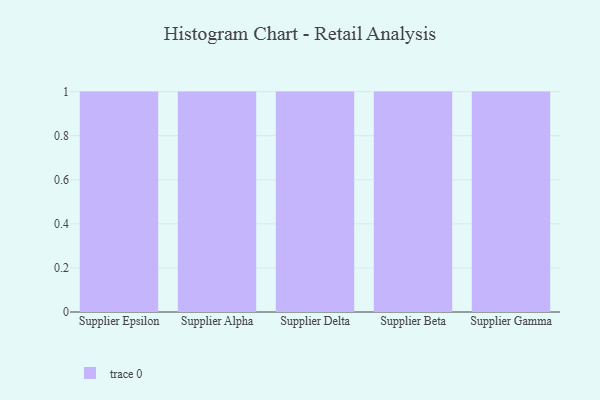
{"axis": {"x": "Supplier", "y": "Production Output"}, "legend": [""], "data": [{"x": "Supplier Epsilon", "y": 52, "type": ""}, {"x": "Supplier Alpha", "y": 89, "type": ""}, {"x": "Supplier Delta", "y": 100, "type": ""}, {"x": "Supplier Beta", "y": 70, "type": ""}, {"x": "Supplier Gamma", "y": 48, "type": ""}]}